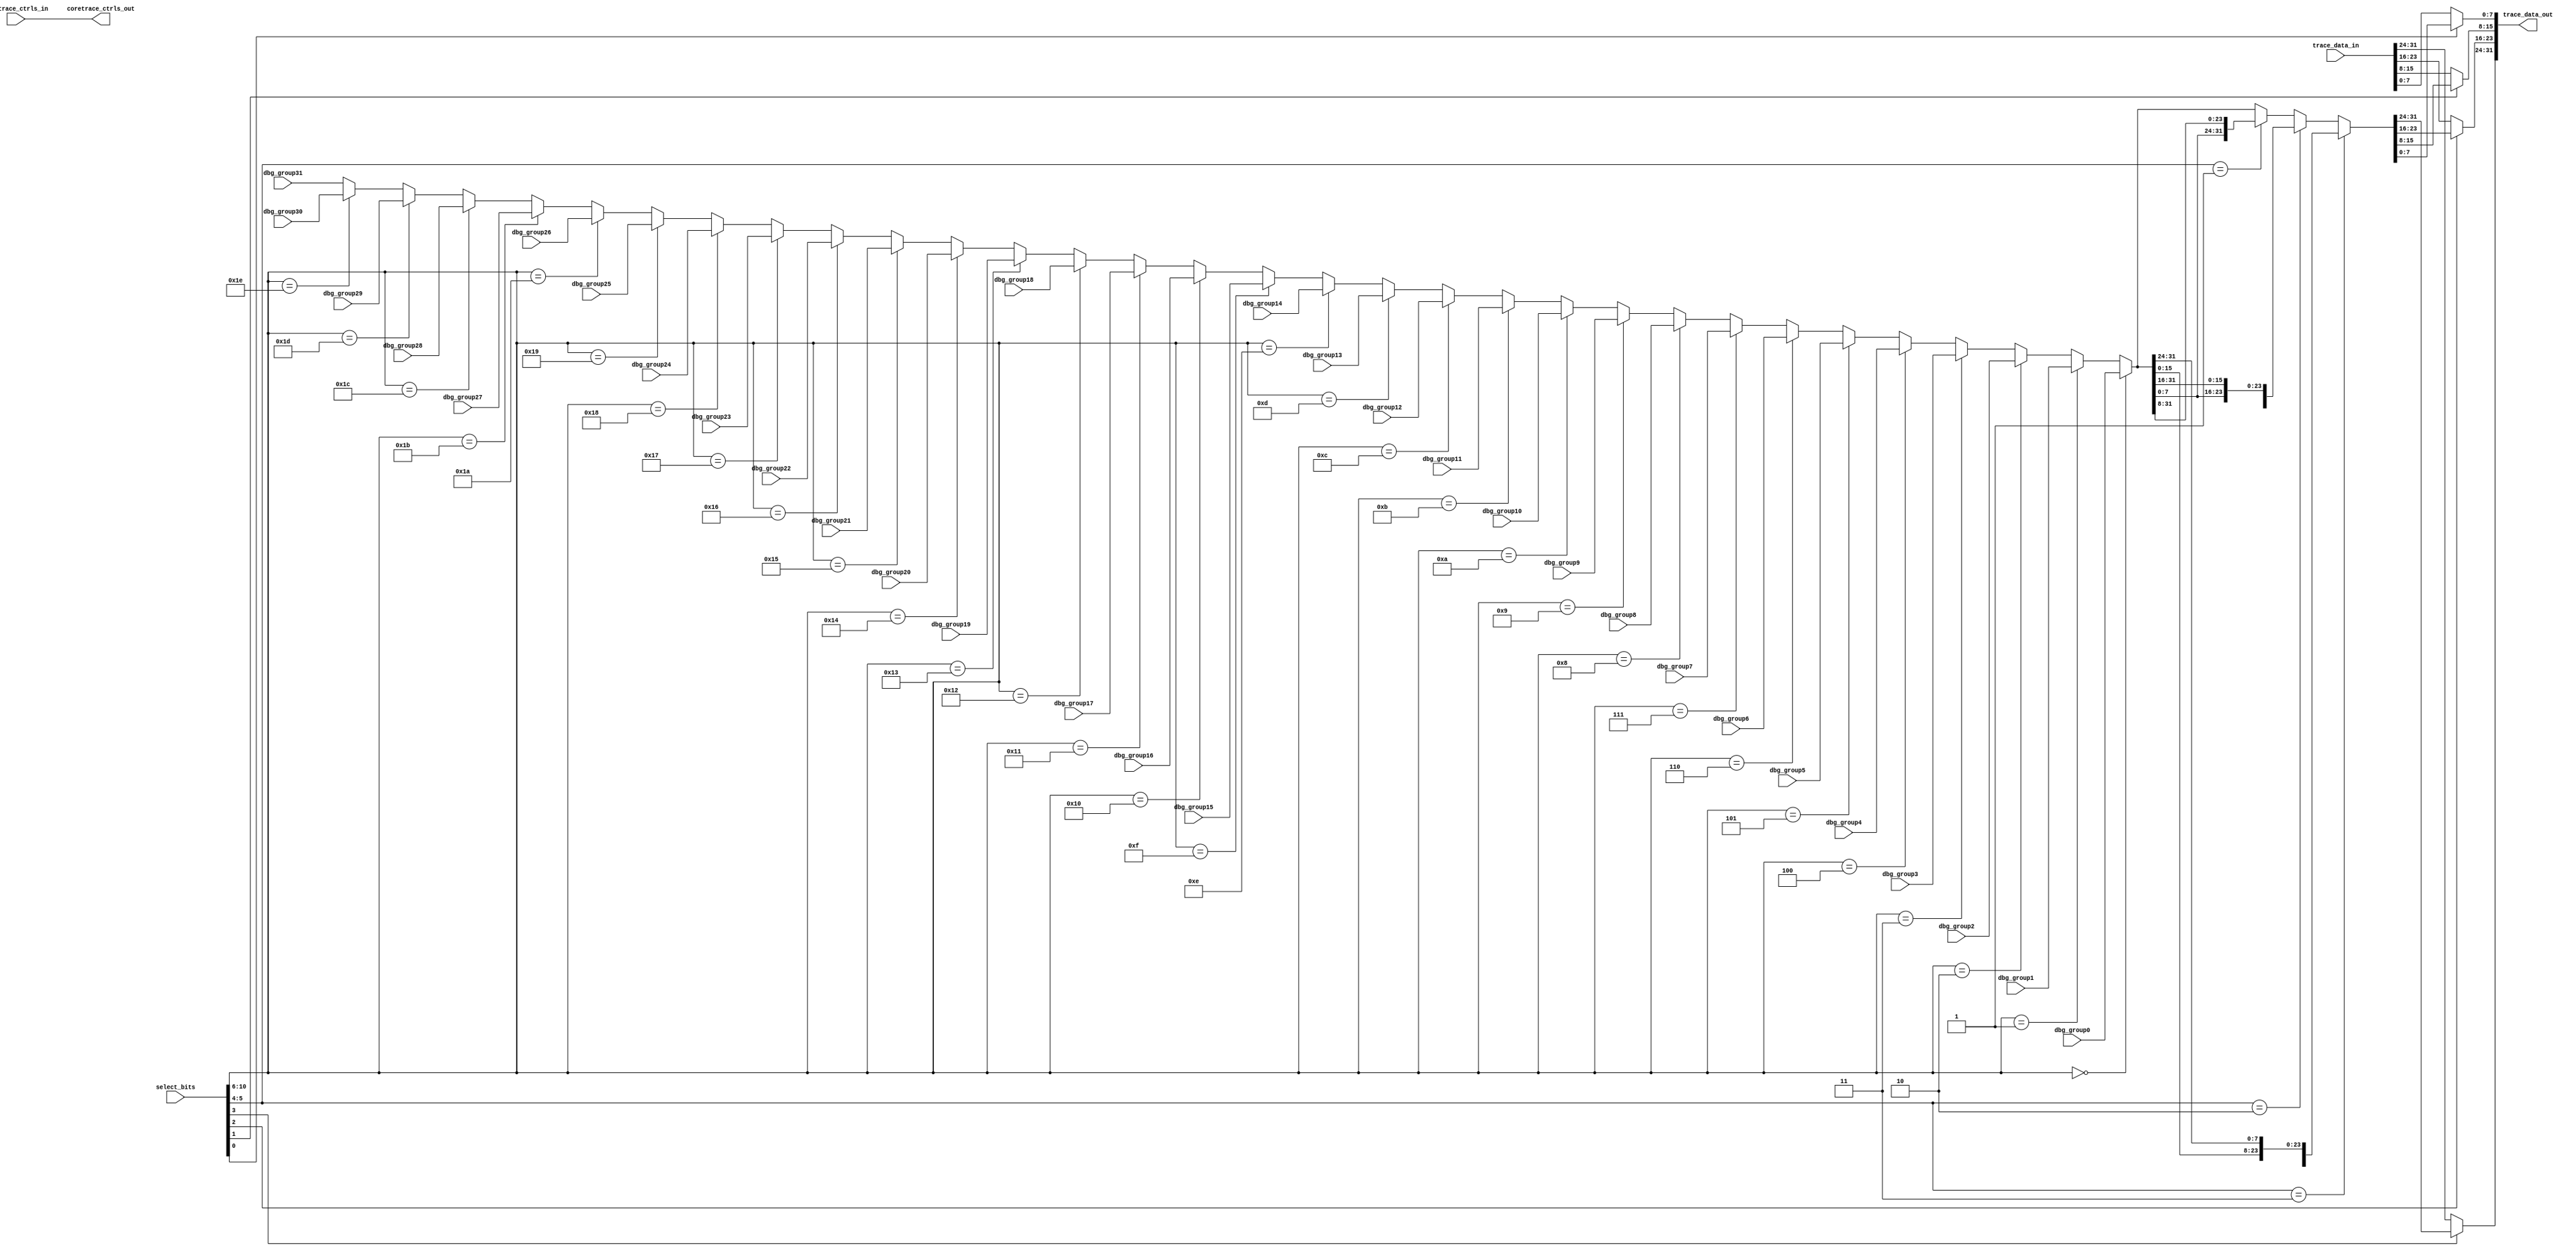
//  IBM Corp. 2020
// Licensed under the Apache License, Version 2.0 (the "License"), as modified by
// the terms below; you may not use the files in this repository except in
// compliance with the License as modified.
// You may obtain a copy of the License at http://www.apache.org/licenses/LICENSE-2.0
//
// Modified Terms:
//
//    1) For the purpose of the patent license granted to you in Section 3 of the
//    License, the "Work" hereby includes implementations of the work of authorship
//    in physical form.
//
//    2) Notwithstanding any terms to the contrary in the License, any licenses
//    necessary for implementation of the Work that are available from OpenPOWER
//    via the Power ISA End User License Agreement (EULA) are explicitly excluded
//    hereunder, and may be obtained from OpenPOWER under the terms and conditions
//    of the EULA.
//
// Unless required by applicable law or agreed to in writing, the reference design
// distributed under the License is distributed on an "AS IS" BASIS, WITHOUT
// WARRANTIES OR CONDITIONS OF ANY KIND, either express or implied. See the License
// for the specific language governing permissions and limitations under the License.
//
// Additional rights, including the ability to physically implement a softcore that
// is compliant with the required sections of the Power ISA Specification, are
// available at no cost under the terms of the OpenPOWER Power ISA EULA, which can be
// obtained (along with the Power ISA) here: https://openpowerfoundation.org.

`timescale 1 ns / 1 ns

//********************************************************************
//*
//* TITLE: Debug Mux Component (32:1 Debug Groups; 4:1 Trigger Groups)
//*
//* NAME: tri_debug_mux32.vhdl
//*
//********************************************************************


module tri_debug_mux32(
//   vd,
//   gd,
   select_bits,
   dbg_group0,
   dbg_group1,
   dbg_group2,
   dbg_group3,
   dbg_group4,
   dbg_group5,
   dbg_group6,
   dbg_group7,
   dbg_group8,
   dbg_group9,
   dbg_group10,
   dbg_group11,
   dbg_group12,
   dbg_group13,
   dbg_group14,
   dbg_group15,
   dbg_group16,
   dbg_group17,
   dbg_group18,
   dbg_group19,
   dbg_group20,
   dbg_group21,
   dbg_group22,
   dbg_group23,
   dbg_group24,
   dbg_group25,
   dbg_group26,
   dbg_group27,
   dbg_group28,
   dbg_group29,
   dbg_group30,
   dbg_group31,
   trace_data_in,
   trace_data_out,

   // Instruction Trace (HTM) Controls
   coretrace_ctrls_in,
   coretrace_ctrls_out
);

// Include model build parameters
   parameter              DBG_WIDTH = 32;	// A2o=32; A2i=88

//=====================================================================
// Port Definitions
//=====================================================================

   input [0:10]           select_bits;
   input [0:DBG_WIDTH-1]  dbg_group0;
   input [0:DBG_WIDTH-1]  dbg_group1;
   input [0:DBG_WIDTH-1]  dbg_group2;
   input [0:DBG_WIDTH-1]  dbg_group3;
   input [0:DBG_WIDTH-1]  dbg_group4;
   input [0:DBG_WIDTH-1]  dbg_group5;
   input [0:DBG_WIDTH-1]  dbg_group6;
   input [0:DBG_WIDTH-1]  dbg_group7;
   input [0:DBG_WIDTH-1]  dbg_group8;
   input [0:DBG_WIDTH-1]  dbg_group9;
   input [0:DBG_WIDTH-1]  dbg_group10;
   input [0:DBG_WIDTH-1]  dbg_group11;
   input [0:DBG_WIDTH-1]  dbg_group12;
   input [0:DBG_WIDTH-1]  dbg_group13;
   input [0:DBG_WIDTH-1]  dbg_group14;
   input [0:DBG_WIDTH-1]  dbg_group15;
   input [0:DBG_WIDTH-1]  dbg_group16;
   input [0:DBG_WIDTH-1]  dbg_group17;
   input [0:DBG_WIDTH-1]  dbg_group18;
   input [0:DBG_WIDTH-1]  dbg_group19;
   input [0:DBG_WIDTH-1]  dbg_group20;
   input [0:DBG_WIDTH-1]  dbg_group21;
   input [0:DBG_WIDTH-1]  dbg_group22;
   input [0:DBG_WIDTH-1]  dbg_group23;
   input [0:DBG_WIDTH-1]  dbg_group24;
   input [0:DBG_WIDTH-1]  dbg_group25;
   input [0:DBG_WIDTH-1]  dbg_group26;
   input [0:DBG_WIDTH-1]  dbg_group27;
   input [0:DBG_WIDTH-1]  dbg_group28;
   input [0:DBG_WIDTH-1]  dbg_group29;
   input [0:DBG_WIDTH-1]  dbg_group30;
   input [0:DBG_WIDTH-1]  dbg_group31;
   input [0:DBG_WIDTH-1]  trace_data_in;
   output [0:DBG_WIDTH-1] trace_data_out;

// Instruction Trace (HTM) Control Signals:
//  0    - ac_an_coretrace_first_valid
//  1    - ac_an_coretrace_valid
//  2:3  - ac_an_coretrace_type[0:1]
   input  [0:3]           coretrace_ctrls_in;
   output [0:3]           coretrace_ctrls_out;

//=====================================================================
// Signal Declarations / Misc
//=====================================================================
   parameter              DBG_1FOURTH = DBG_WIDTH/4;
   parameter              DBG_2FOURTH = DBG_WIDTH/2;
   parameter              DBG_3FOURTH = 3 * DBG_WIDTH/4;

   wire [0:DBG_WIDTH-1]   debug_grp_selected;
   wire [0:DBG_WIDTH-1]   debug_grp_rotated;

// Instruction Trace controls are passed-through:
   assign coretrace_ctrls_out =  coretrace_ctrls_in ;

//=====================================================================
// Mux Function
//=====================================================================
   // Debug Mux
   assign debug_grp_selected = (select_bits[0:4] == 5'b00000) ? dbg_group0 :
                               (select_bits[0:4] == 5'b00001) ? dbg_group1 :
                               (select_bits[0:4] == 5'b00010) ? dbg_group2 :
                               (select_bits[0:4] == 5'b00011) ? dbg_group3 :
                               (select_bits[0:4] == 5'b00100) ? dbg_group4 :
                               (select_bits[0:4] == 5'b00101) ? dbg_group5 :
                               (select_bits[0:4] == 5'b00110) ? dbg_group6 :
                               (select_bits[0:4] == 5'b00111) ? dbg_group7 :
                               (select_bits[0:4] == 5'b01000) ? dbg_group8 :
                               (select_bits[0:4] == 5'b01001) ? dbg_group9 :
                               (select_bits[0:4] == 5'b01010) ? dbg_group10 :
                               (select_bits[0:4] == 5'b01011) ? dbg_group11 :
                               (select_bits[0:4] == 5'b01100) ? dbg_group12 :
                               (select_bits[0:4] == 5'b01101) ? dbg_group13 :
                               (select_bits[0:4] == 5'b01110) ? dbg_group14 :
                               (select_bits[0:4] == 5'b01111) ? dbg_group15 :
                               (select_bits[0:4] == 5'b10000) ? dbg_group16 :
                               (select_bits[0:4] == 5'b10001) ? dbg_group17 :
                               (select_bits[0:4] == 5'b10010) ? dbg_group18 :
                               (select_bits[0:4] == 5'b10011) ? dbg_group19 :
                               (select_bits[0:4] == 5'b10100) ? dbg_group20 :
                               (select_bits[0:4] == 5'b10101) ? dbg_group21 :
                               (select_bits[0:4] == 5'b10110) ? dbg_group22 :
                               (select_bits[0:4] == 5'b10111) ? dbg_group23 :
                               (select_bits[0:4] == 5'b11000) ? dbg_group24 :
                               (select_bits[0:4] == 5'b11001) ? dbg_group25 :
                               (select_bits[0:4] == 5'b11010) ? dbg_group26 :
                               (select_bits[0:4] == 5'b11011) ? dbg_group27 :
                               (select_bits[0:4] == 5'b11100) ? dbg_group28 :
                               (select_bits[0:4] == 5'b11101) ? dbg_group29 :
                               (select_bits[0:4] == 5'b11110) ? dbg_group30 :
                               dbg_group31;

   assign debug_grp_rotated  = (select_bits[5:6] == 2'b11) ? {debug_grp_selected[DBG_1FOURTH:DBG_WIDTH - 1], debug_grp_selected[0:DBG_1FOURTH - 1]} :
                               (select_bits[5:6] == 2'b10) ? {debug_grp_selected[DBG_2FOURTH:DBG_WIDTH - 1], debug_grp_selected[0:DBG_2FOURTH - 1]} :
                               (select_bits[5:6] == 2'b01) ? {debug_grp_selected[DBG_3FOURTH:DBG_WIDTH - 1], debug_grp_selected[0:DBG_3FOURTH - 1]} :
                               debug_grp_selected[0:DBG_WIDTH - 1];


   assign trace_data_out[0:DBG_1FOURTH - 1]           = (select_bits[7] == 1'b0) ? trace_data_in[0:DBG_1FOURTH - 1] :
                                                        debug_grp_rotated[0:DBG_1FOURTH - 1];

   assign trace_data_out[DBG_1FOURTH:DBG_2FOURTH - 1] = (select_bits[8] == 1'b0) ? trace_data_in[DBG_1FOURTH:DBG_2FOURTH - 1] :
                                                        debug_grp_rotated[DBG_1FOURTH:DBG_2FOURTH - 1];

   assign trace_data_out[DBG_2FOURTH:DBG_3FOURTH - 1] = (select_bits[9] == 1'b0) ? trace_data_in[DBG_2FOURTH:DBG_3FOURTH - 1] :
                                                        debug_grp_rotated[DBG_2FOURTH:DBG_3FOURTH - 1];

   assign trace_data_out[DBG_3FOURTH:DBG_WIDTH - 1]   = (select_bits[10] == 1'b0) ? trace_data_in[DBG_3FOURTH:DBG_WIDTH - 1] :
                                                        debug_grp_rotated[DBG_3FOURTH:DBG_WIDTH - 1];


endmodule